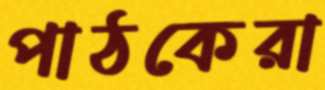
পাঠকেরা